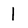
Character: l